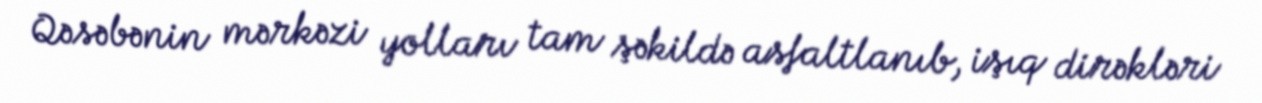
Qəsəbənin mərkəzi yolları tam şəkildə asfaltlanıb, işıq dirəkləri